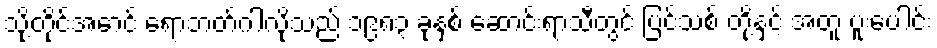
သို့တိုင်အောင် ရောဘတ်ဂါလိုသည် ၁၉၈၃ ခုနှစ် ဆောင်းရာသီတွင် ပြင်သစ် တို့နှင့် အတူ ပူးပေါင်း